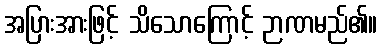
အပြားအားဖြင့် သိသောကြောင့် ဉာဏမည်၏။